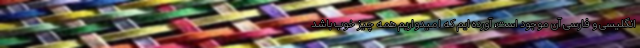
انگلیسی و فارسی آن موجود است، آورده ایم که امیدواریم همه چیز خوب باشد